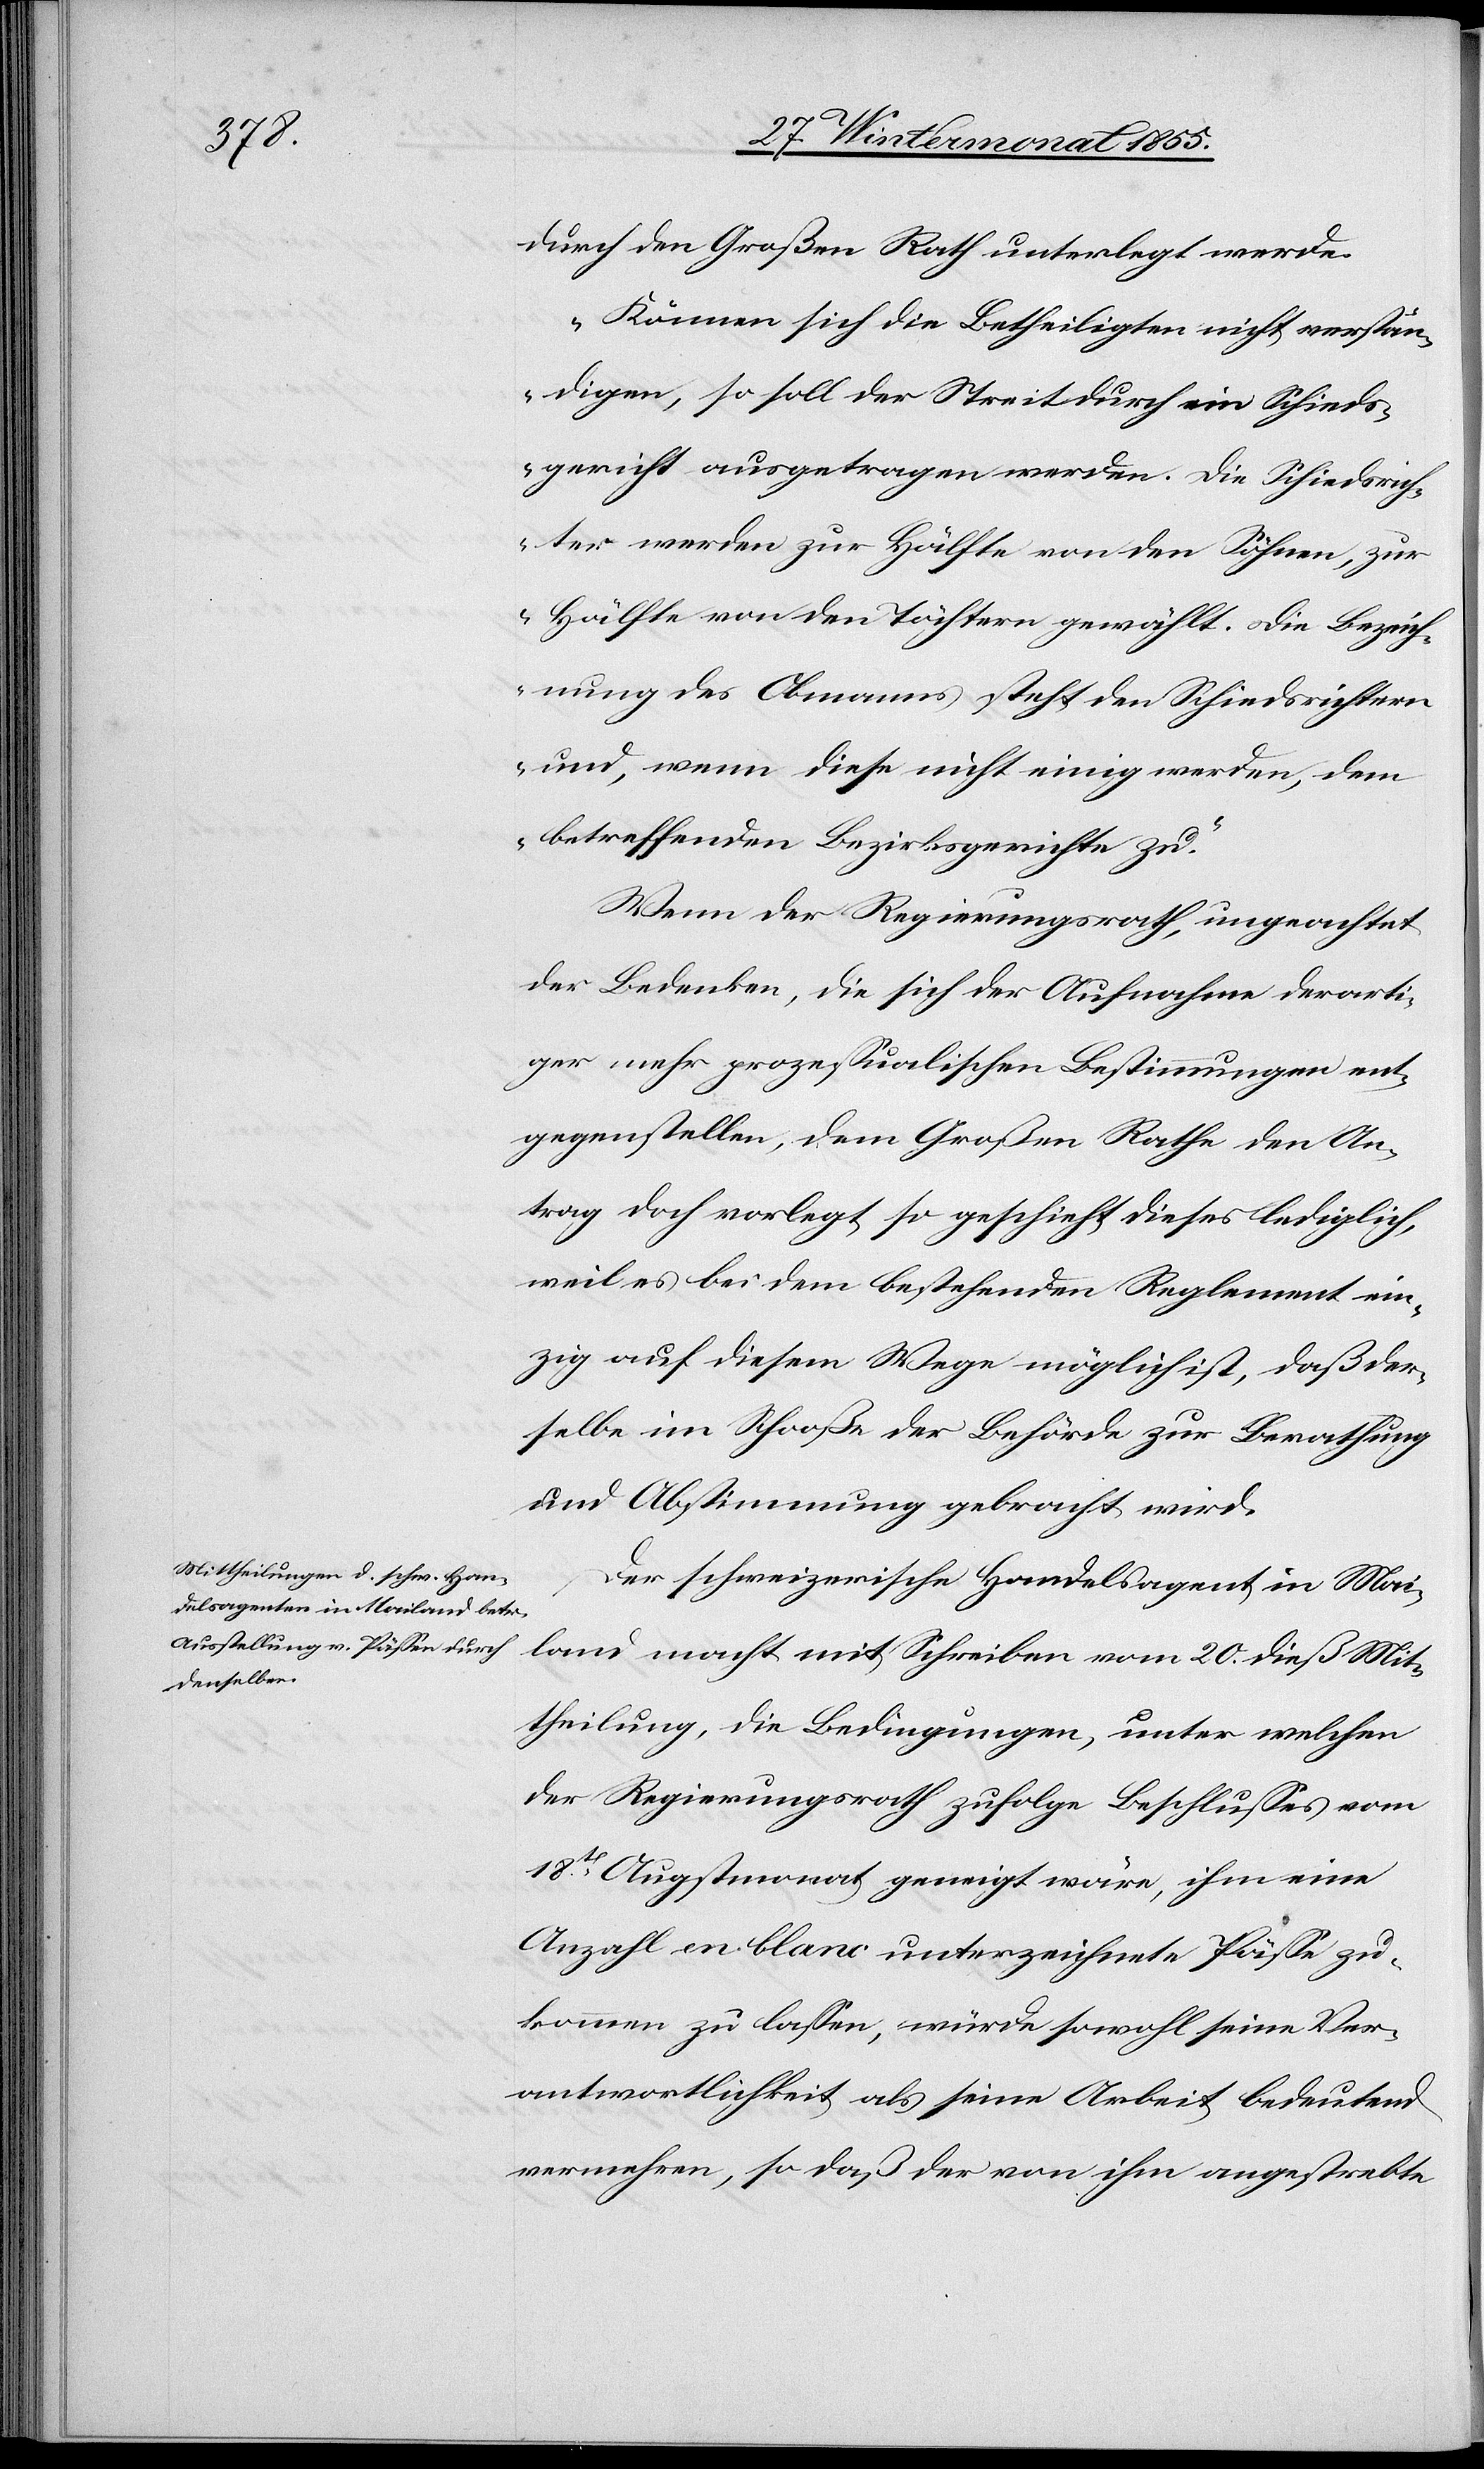
durch den Großen Rath unterlegt werde.
„Können sich die Betheiligten nicht verstän¬
digen, so soll der Streit durch ein Schieds¬
gericht ausgetragen werden. Die Schiedsrich¬
ter werden zur Hälfte von den Söhnen, zur
Hälfte von den Töchtern gewählt. Die Bezeich¬
nung des Obmanns steht den Schiedsrichtern
und, wenn diese nicht einig werden, dem
betreffenden Bezirksgerichte zu.“
Wenn der Regierungsrath, ungeachtet
der Bedenken, die sich der Aufnahme derarti¬
ger mehr prozessualischen Bestimmungen ent¬
gegenstellen, dem Großen Rathe den An¬
trag doch vorlegt, so geschieht dieses lediglich,
weil es bei dem bestehenden Reglement ein¬
zig auf diesem Wege möglich ist, daß der¬
selbe im Schooße der Behörde zur Berathung
und Abstimmung gebracht wird.
Der schweizerische Handelsagent in Mai¬
land macht mit Schreiben vom 20. dieß Mit¬
theilung, die Bedingungen, unter welchen
der Regierungsrath zufolge Beschlusses vom
18t Augstmonat geneigt wäre, ihm eine
Anzahl en blanc unterzeichnete Pässe zu¬
kommen zu lassen, würde[n] sowohl seine Ver¬
antwortlichkeit als seine Arbeit bedeutend
vermehren, so daß der von ihm angestrebte